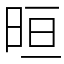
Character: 晅